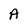
Character: A